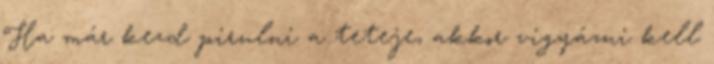
Ha már kezd pirulni a teteje, akkor vigyázni kell